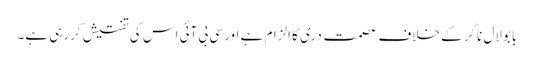
بابولال ناگر کے خلاف عصمت دری کا الزام ہے اور سی بی آئی اس کی تفتیش کررہی ہے۔